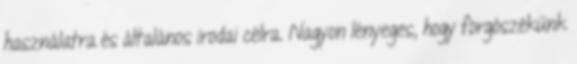
használatra és általános irodai célra. Nagyon lényeges, hogy forgószékünk